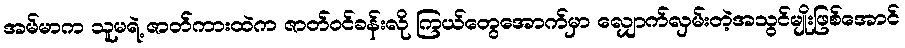
အမ်မာက သူမရဲ့ ဇာတ်ကားထဲက ဇာတ်ဝင်ခန်းလို ကြယ်တွေအောက်မှာ လျှောက်လှမ်းတဲ့အသွင်မျိုးဖြစ်အောင်